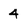
Character: 4